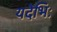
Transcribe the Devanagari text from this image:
यदेभिः